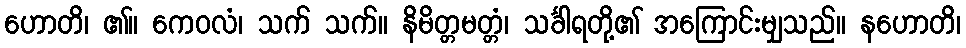
ဟောတိ၊ ၏။ ကေဝလံ၊ သက် သက်။ နိမိတ္တမတ္တံ၊ သင်္ခါရတို့၏ အကြောင်းမျှသည်။ နဟောတိ၊